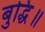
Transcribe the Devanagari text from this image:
बुद्धि॥